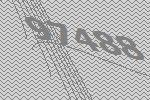
97488